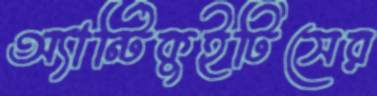
অ্যান্টিকুইটিসের